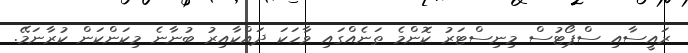
ރައީސާއި ސްޕޯޓުސް މިނިސްޓަރު ކޮންމެ ތަނެއްގައި ވާހަކަ ދައްކާއިރު ބުނާނެ މިކަންކަން ކުރާނަމޭ.